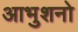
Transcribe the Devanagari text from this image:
आभुशनो